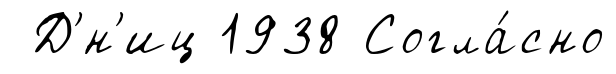
Д'́н'иц 1938 Согла́сно